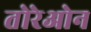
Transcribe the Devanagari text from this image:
तोरेओन